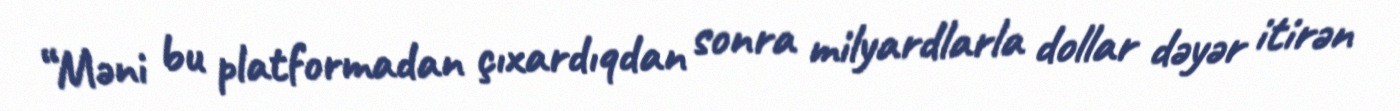
“Məni bu platformadan çıxardıqdan sonra milyardlarla dollar dəyər itirən